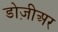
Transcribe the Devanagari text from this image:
डोज़ीअर